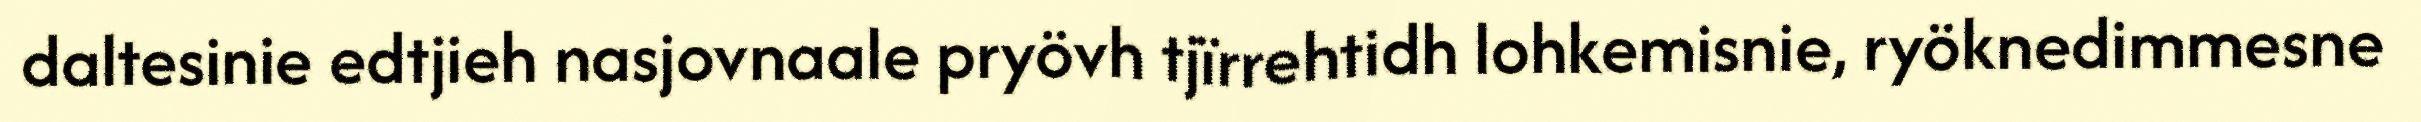
daltesinie edtjieh nasjovnaale pryövh tjïrrehtidh lohkemisnie, ryöknedimmesne